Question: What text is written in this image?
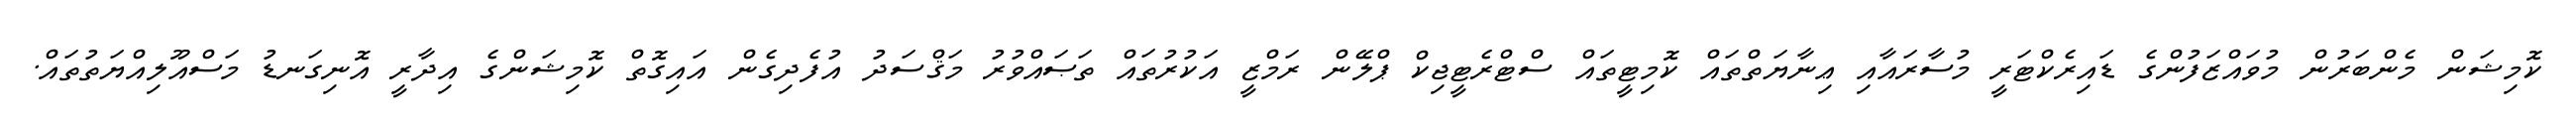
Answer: ކޮމިޝަން މެންބަރުން މުވައްޒަފުންގެ ޑައިރެކްޓަރީ މުސާރައާއި ޢިނާޔަތްތައް ކޮމިޓީތައް ސްޓްރެޓީޖިކް ޕްލޭން ރަމްޒީ އަކުރުތައް ތަޞައްވުރު މަޤްސަދު އުފެދިގެން އައިގޮތް ކޮމިޝަންގެ އިދާރީ އޮނިގަނޑު މަސްއޫލިއްޔަތުތައް.